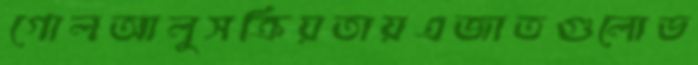
গোলআলুসক্রিয়তায়এজাতগুলোভ